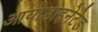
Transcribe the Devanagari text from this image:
आयोडाइनेटेड